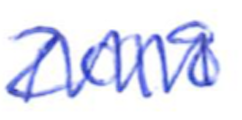
Text: 2018
Cross-out: zig-zag
Writing tool: ballpoint